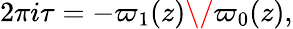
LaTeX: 2\pi i\tau=-{\varpi_{1}(z)\/ \varpi_{0}(z)},